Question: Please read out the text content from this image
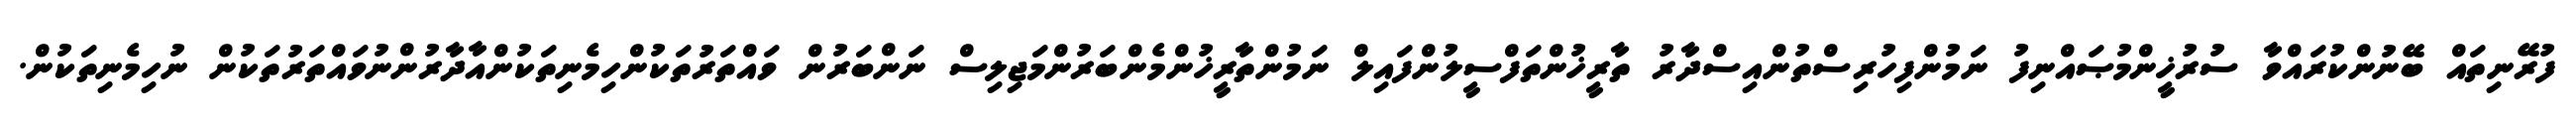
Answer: ފުރޭނިތައް ބޭނުންކުރައްވާ ސުރުޚީންމުޞައްނިފު ނަމުންފިހުރިސްތުންއިސްދާރު ތާރީޚުންތަފްސީލުންފައިލް ނަމުންތާރީޚުންމެންބަރުންމަޖިލިސް ނަންބަރުން ވައްތަރުތަކުންހިމެނިތަކުންއާދާރުންނުވައްތަރުތަކުން ނުހިމެނިތަކުން.